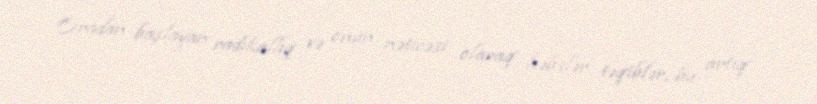
Oradan başlayan radikallıq və onun nəticəsi olaraq həbslər, təqiblər, bu artıq